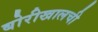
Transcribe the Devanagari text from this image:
बोरीखालची